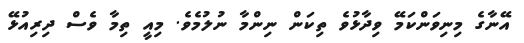
އޭނާގެ މިނިވަންކަމޭ ވިދާޅުވެ ތިކަން ނިންމާ ނުލުމެވެ. މިއީ ތިމާ ވެސް ދިރިއުޅޭ